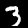
Label: 3